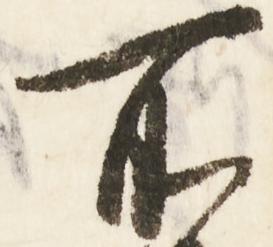
所